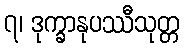
၇၊ ဒုက္ခာနုပဿီသုတ္တ